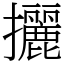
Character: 攦